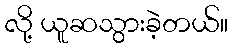
လို့ ယူဆသွားခဲ့တယ်။